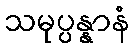
သမုပ္ပန္နာနံ